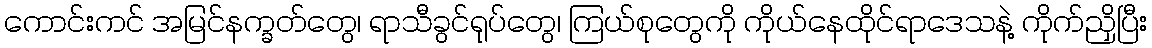
ကောင်းကင် အမြင်နက္ခတ်တွေ၊ ရာသီခွင်ရုပ်တွေ၊ ကြယ်စုတွေကို ကိုယ်နေထိုင်ရာဒေသနဲ့ ကိုက်ညှိပြီး